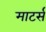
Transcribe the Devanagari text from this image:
माटर्स